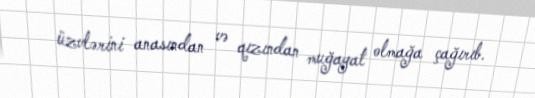
üzvlərini anasından və qızından muğayat olmağa çağırıb.